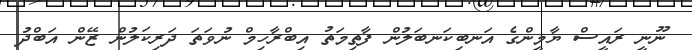
ނޫނީ ރައީސް ޔާމީންގެ އަނބިކަނބަލުން ފާތިމަތު އިބްރާހިމް ނުވަތަ ދަރިކަލުން ޒޭން އަބްދު